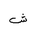
Letter: _shin